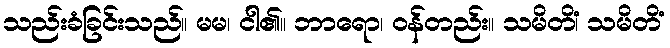
သည်းခံခြင်းသည်။ မမ၊ ငါ၏။ ဘာရော၊ ဝန်တည်း။ သမိတိံ၊ သမိတိံ